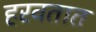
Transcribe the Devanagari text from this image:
हरवतात